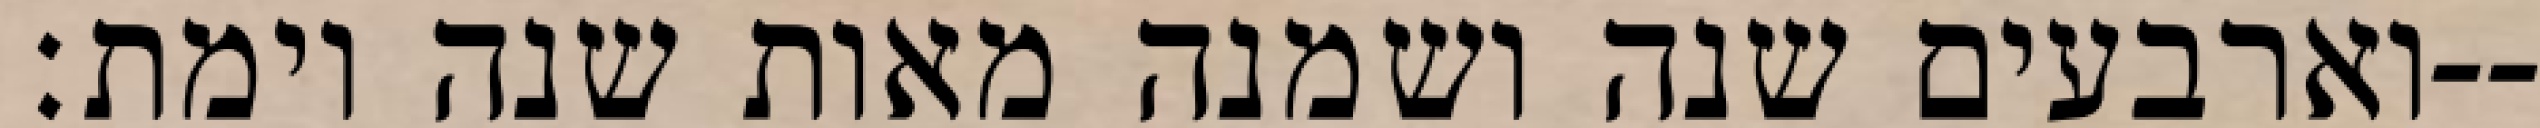
וארבעים שנה ושמנה מאות שנה וימת׃--